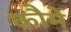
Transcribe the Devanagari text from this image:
कौमे